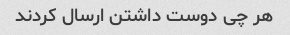
هر چی دوست داشتن ارسال کردند